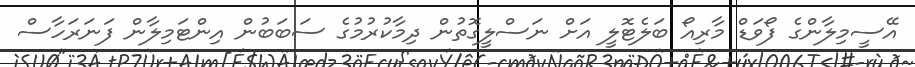
އޭސީމިލާންގެ ފޯވަޑް މާރިއޯ ބަލެޓޮލީ އަށް ނަސްލީގޮތުން ދިމާކުރުމުގެ ސަބަބުން އިންޓަމިލާން ފަނަރަހާސް